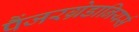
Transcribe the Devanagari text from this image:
पैंजरग्रेडानियर्स